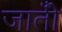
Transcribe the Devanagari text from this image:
जातीँ